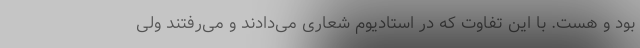
بود و هست. با این تفاوت که در استادیوم شعاری می‌دادند و می‌رفتند ولی